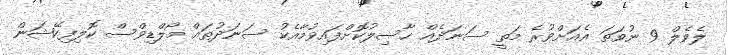
ލެވެލް 9 ނުވަތަ އެއަށްވުރެ މަތީ ސަނަދެއް ހާސިލުކޮށްފައިވުމާއެކު ސަނަދުތައް މޯލްޑިވްސް ކޮލިފިކޭޝަން